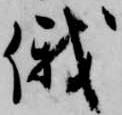
俄